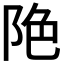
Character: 𨹔